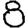
Digit: 8